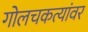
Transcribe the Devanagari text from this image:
गोलचकत्यांवर